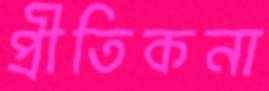
প্রীতিকনা